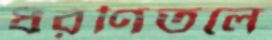
ধরণিতলে